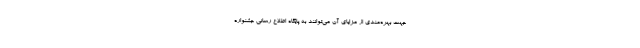
جهت بهره‌مندی از مزایای آن می‌توانند به پایگاه اطلاع رسانی جشنواره